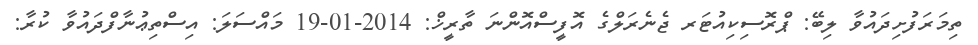
ތިމަރަފުށިދައުވާ ލިބޭ: ޕްރޮސިކިއުޓަރ ޖެނެރަލްގެ އޮފީސްއޮންނަ ތާރީޚް: 2014-01-19 މައްސަލަ: އިސްތިޢުނާފްދައުވާ ކުރާ: